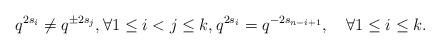
LaTeX: \begin{align*}q^{2s_i}\ne q^{\pm 2s_j}, \forall1\leq i<j\leq k,q^{2s_i}=q^{-2s_{n-i+1}},\quad\forall1\leq i\leq k.\end{align*}